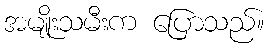
အမျိုးသမီးက ပြောသည်။